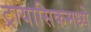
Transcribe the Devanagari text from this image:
ट्रायासिकमध्ये